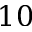
1 0